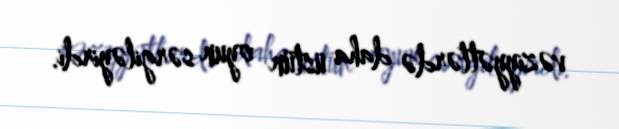
vəziyyətlərdə daha üstün oyun sərgiləyirdi.